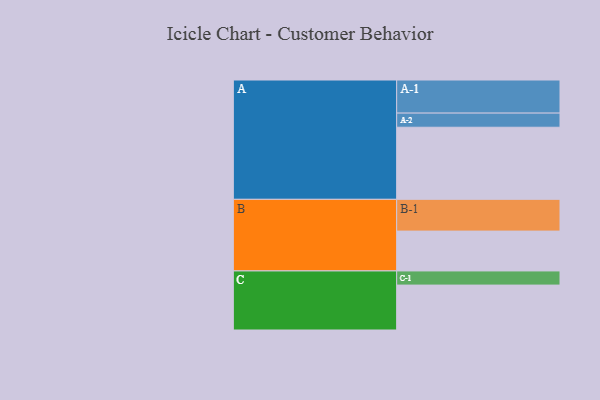
{"axis": {"x": "Segment", "y": "Value"}, "legend": ["", "A", "B", "C"], "data": [{"x": "A", "y": 586, "type": ""}, {"x": "B", "y": 324, "type": ""}, {"x": "C", "y": 365, "type": ""}, {"x": "A-1", "y": 269, "type": "A"}, {"x": "A-2", "y": 115, "type": "A"}, {"x": "B-1", "y": 258, "type": "B"}, {"x": "C-1", "y": 115, "type": "C"}]}